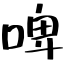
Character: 啤